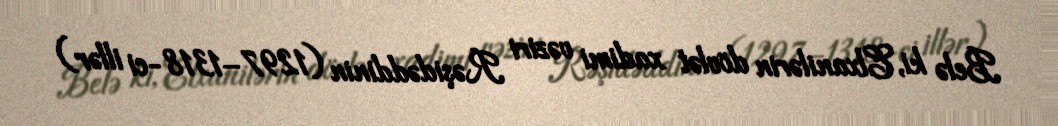
Belə ki, Elxanilərin dövlət xadimi vəziri Rəşidəddinin (1297–1318-ci illər)